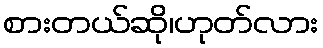
စားတယ်ဆို၊ဟုတ်လား